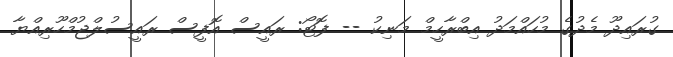
ގުރައިދޫ މެދުގެ މުހައްމަދު އިބްރާހީމް މަނިކު -- ފޮޓޯ: ރައީސް އޮފީސް ރައީސުލްޖުމްހޫރިއްޔާ